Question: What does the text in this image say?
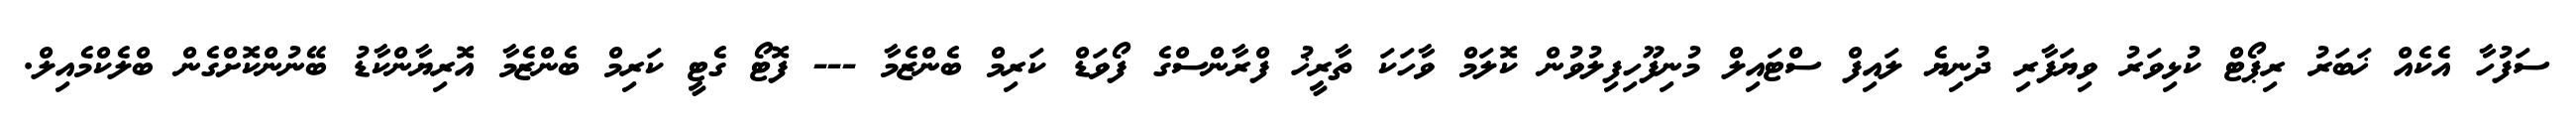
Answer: ސަފުހާ އެކެއް ޚަބަރު ރިޕޯޓް ކުޅިވަރު ވިޔަފާރި ދުނިޔެ ލައިފް ސްޓައިލް މުނިފޫހިފިލުވުން ކޮލަމް ވާހަކަ ތާރީޚު ފްރާންސްގެ ފޯވަޑް ކަރިމް ބެންޒެމާ --- ފޮޓޯ ގެޓީ ކަރިމް ބެންޒެމާ އޮރިޔާންކާޑު ބޭނުންކޮށްގެން ބްލެކްމެއިލް.